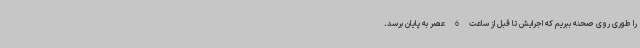
را طوری روی صحنه ببریم که اجرایش تا قبل از ساعت 6 عصر به پایان برسد.